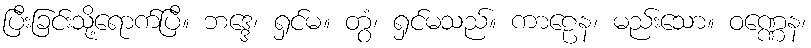
ပြီးခြင်းသို့ရောက်ပြီ။ ဘဒ္ဒေ၊ ရှင်မ။ တွံ၊ ရှင်မသည်။ ကာဠေန၊ မည်းသော။ ဝဏ္ဏေန၊